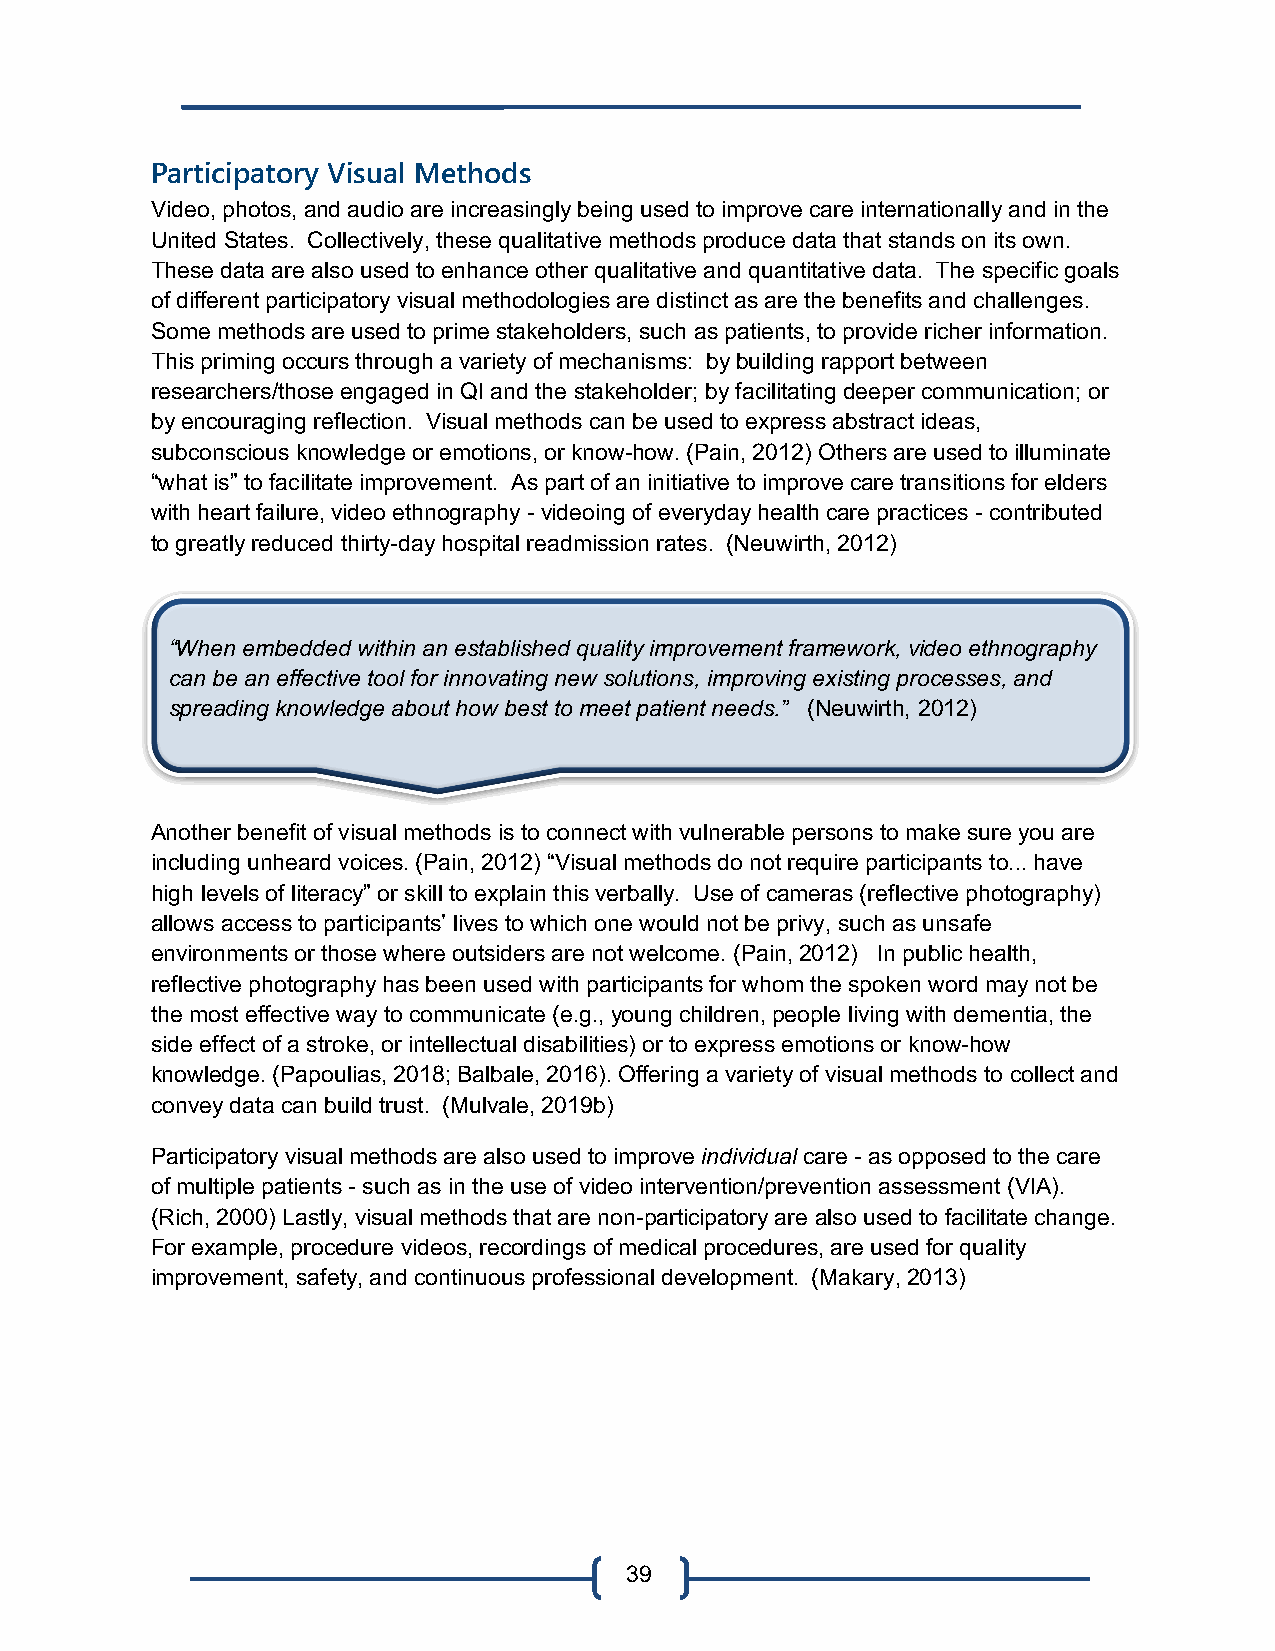
Participatory Visual Methods
 Video, photos, and audio are increasingly being used to improve care internationally and in the
 United States. Collectively, these qualitative methods produce data that stands on its own.
 These data are also used to enhance other qualitative and quantitative data. The specific goals
 of different participatory visual methodologies are distinct as are the benefits and challenges.
 Some methods are used to prime stakeholders, such as patients, to provide richer information.
 This priming occurs through a variety of mechanisms: by building rapport between
 researchers/those engaged in QI and the stakeholder; by facilitating deeper communication; or
 by encouraging reflection. Visual methods can be used to express abstract ideas,
 subconscious knowledge or emotions, or know-how. (Pain, 2012) Others are used to illuminate
 “what is” to facilitate improvement. As part of an initiative to improve care transitions for elders
 with heart failure, video ethnography - videoing of everyday health care practices - contributed
 to greatly reduced thirty-day hospital readmission rates. (Neuwirth, 2012)
 “When embedded within an established quality improvement framework, video ethnography
 can be an effective tool for innovating new solutions, improving existing processes, and
 spreading knowledge about how best to meet patient needs.” (Neuwirth, 2012)
 Another benefit of visual methods is to connect with vulnerable persons to make sure you are
 including unheard voices. (Pain, 2012) “Visual methods do not require participants to... have
 high levels of literacy” or skill to explain this verbally. Use of cameras (reflective photography)
 allows access to participants’ lives to which one would not be privy, such as unsafe
 environments or those where outsiders are not welcome. (Pain, 2012) In public health,
 reflective photography has been used with participants for whom the spoken word may not be
 the most effective way to communicate (e.g., young children, people living with dementia, the
 side effect of a stroke, or intellectual disabilities) or to express emotions or know-how
 knowledge. (Papoulias, 2018; Balbale, 2016). Offering a variety of visual methods to collect and
 convey data can build trust. (Mulvale, 2019b)
 Participatory visual methods are also used to improve individual care - as opposed to the care
 of multiple patients - such as in the use of video intervention/prevention assessment (VIA).
 (Rich, 2000) Lastly, visual methods that are non-participatory are also used to facilitate change.
 For example, procedure videos, recordings of medical procedures, are used for quality
 improvement, safety, and continuous professional development. (Makary, 2013)
 39